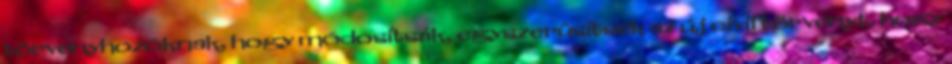
törvényhozóknak, hogy módosítsák, egyszerûsítsék az új civil törvényt, hogy